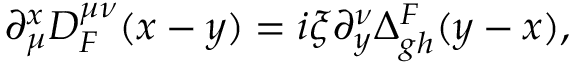
\partial _ { \mu } ^ { x } { \cal D } _ { F } ^ { \mu \nu } ( x - y ) = i \xi \partial _ { y } ^ { \nu } \Delta _ { g h } ^ { F } ( y - x ) ,